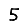
Digit: 5